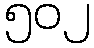
၅၀၂